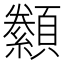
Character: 𮨟